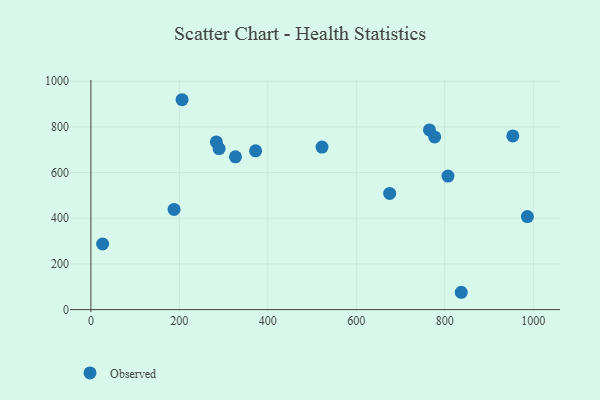
{"axis": {"x": "Engine Size", "y": "Demand"}, "legend": ["Observed"], "data": [{"x": "188.0", "y": 438.7, "type": "Observed"}, {"x": "765.3", "y": 786.7, "type": "Observed"}, {"x": "522.5", "y": 711.5, "type": "Observed"}, {"x": "283.6", "y": 734.2, "type": "Observed"}, {"x": "326.8", "y": 669.0, "type": "Observed"}, {"x": "26.5", "y": 287.3, "type": "Observed"}, {"x": "289.8", "y": 705.2, "type": "Observed"}, {"x": "986.7", "y": 407.4, "type": "Observed"}, {"x": "953.8", "y": 760.5, "type": "Observed"}, {"x": "777.1", "y": 756.2, "type": "Observed"}, {"x": "807.2", "y": 584.5, "type": "Observed"}, {"x": "675.4", "y": 508.5, "type": "Observed"}, {"x": "206.1", "y": 918.9, "type": "Observed"}, {"x": "837.2", "y": 75.9, "type": "Observed"}, {"x": "372.3", "y": 695.1, "type": "Observed"}]}